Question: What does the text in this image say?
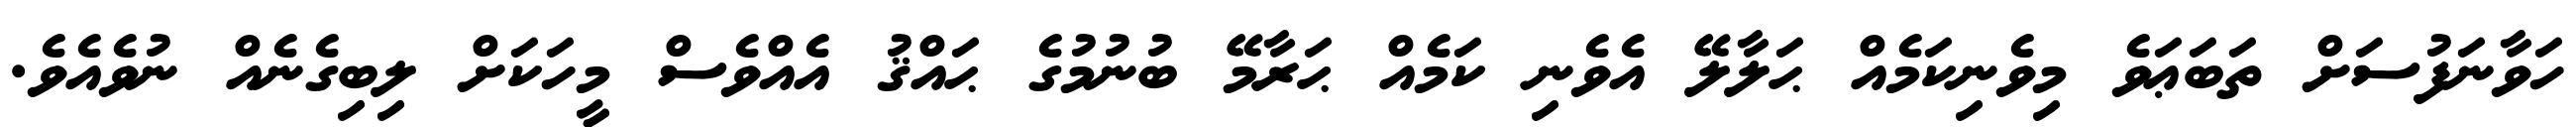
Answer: ހަވާނަފުސަށް ތަބަޢަވެ މިވެނިކަމެއް ޙަލާލޭ އެވެނި ކަމެއް ޙަރާމޭ ބުނުމުގެ ޙައްޤު އެއްވެސް މީހަކަށް ލިބިގެނެއް ނުވެއެވެ.